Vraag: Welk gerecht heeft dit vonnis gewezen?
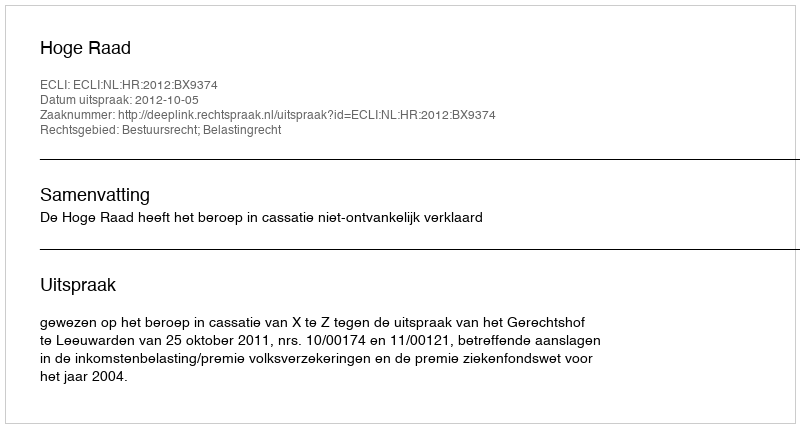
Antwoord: Hoge Raad